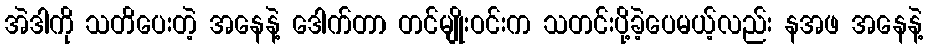
အဲဒါကို သတိပေးတဲ့ အနေနဲ့ ဒေါက်တာ တင်မျိုးဝင်းက သတင်းပို့ခဲ့ပေမယ့်လည်း နအဖ အနေနဲ့